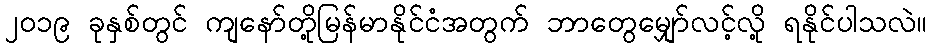
၂၀၁၉ ခုနှစ်တွင် ကျနော်တို့မြန်မာနိုင်ငံအတွက် ဘာတွေမျှော်လင့်လို့ ရနိုင်ပါသလဲ။